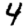
Digit: 4